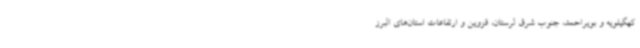
کهگیلویه و بویراحمد، جنوب شرق لرستان، قزوین و ارتفاعات استان‌های البرز